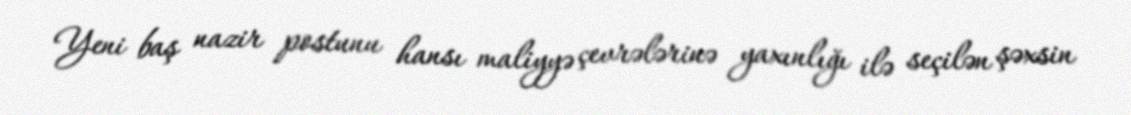
Yeni baş nazir postunu hansı maliyyə çevrələrinə yaxınlığı ilə seçilən şəxsin